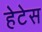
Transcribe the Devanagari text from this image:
हेटेस